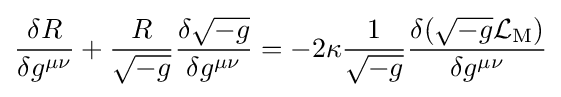
{\frac {\delta R}{\delta g^{\mu \nu }}}+{\frac {R}{\sqrt {-g}}}{\frac {\delta {\sqrt {-g}}}{\delta g^{\mu \nu }}}=-2\kappa {\frac {1}{\sqrt {-g}}}{\frac {\delta ({\sqrt {-g}}{\mathcal {L}}_{\mathrm {M} })}{\delta g^{\mu \nu }}}